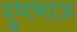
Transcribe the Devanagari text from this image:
दुधभाऊ